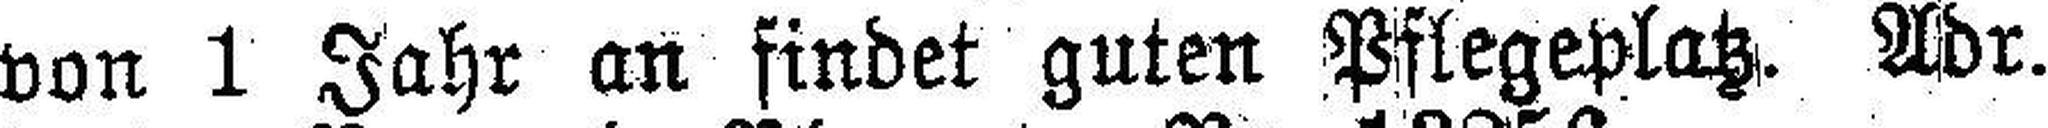
von 1 Jahr an findet guten Pfegeplatz. Adr.